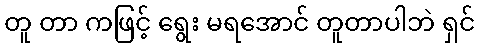
တူ တာ ကဖြင့် ရွေး မရအောင် တူတာပါဘဲ ရှင်